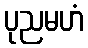
ပုညမဟံ